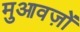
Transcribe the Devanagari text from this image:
मुआवज़ों